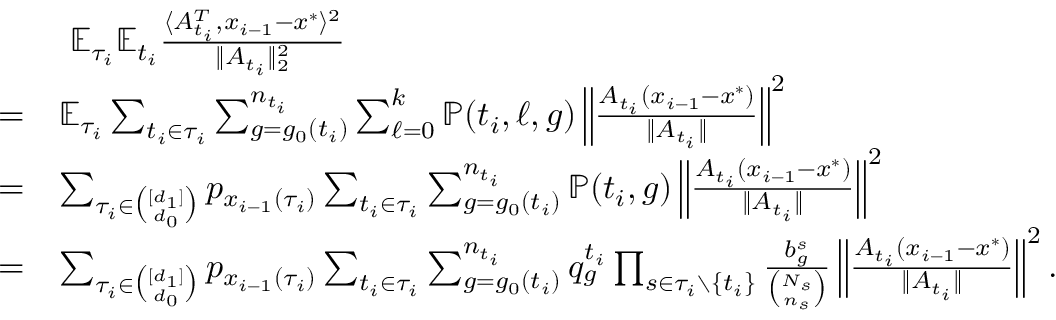
\begin{array} { r l } & { ~ \mathbb { E } _ { \tau _ { i } } \mathbb { E } _ { t _ { i } } \frac { \langle A _ { t _ { i } } ^ { T } , x _ { i - 1 } - x ^ { * } \rangle ^ { 2 } } { \| A _ { t _ { i } } \| _ { 2 } ^ { 2 } } } \\ { = } & { \mathbb { E } _ { \tau _ { i } } \sum _ { t _ { i } \in \tau _ { i } } \sum _ { g = g _ { 0 } ( t _ { i } ) } ^ { n _ { t _ { i } } } \sum _ { \ell = 0 } ^ { k } \mathbb { P } ( t _ { i } , \ell , g ) \left\| \frac { A _ { t _ { i } } ( x _ { i - 1 } - x ^ { * } ) } { \| A _ { t _ { i } } \| } \right\| ^ { 2 } } \\ { = } & { \sum _ { \tau _ { i } \in \binom { [ d _ { 1 } ] } { d _ { 0 } } } p _ { x _ { i - 1 } ( \tau _ { i } ) } \sum _ { t _ { i } \in \tau _ { i } } \sum _ { g = g _ { 0 } ( t _ { i } ) } ^ { n _ { t _ { i } } } \mathbb { P } ( t _ { i } , g ) \left\| \frac { A _ { t _ { i } } ( x _ { i - 1 } - x ^ { * } ) } { \| A _ { t _ { i } } \| } \right\| ^ { 2 } } \\ { = } & { \sum _ { \tau _ { i } \in \binom { [ d _ { 1 } ] } { d _ { 0 } } } p _ { x _ { i - 1 } ( \tau _ { i } ) } \sum _ { t _ { i } \in \tau _ { i } } \sum _ { g = g _ { 0 } ( t _ { i } ) } ^ { n _ { t _ { i } } } q _ { g } ^ { t _ { i } } \prod _ { s \in \tau _ { i } \setminus \{ t _ { i } \} } \frac { b _ { g } ^ { s } } { \binom { N _ { s } } { n _ { s } } } \left\| \frac { A _ { t _ { i } } ( x _ { i - 1 } - x ^ { * } ) } { \| A _ { t _ { i } } \| } \right\| ^ { 2 } . } \end{array}